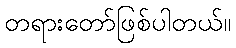
တရားတော်ဖြစ်ပါတယ်။